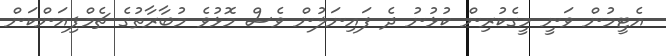
އެޓީމުން ވަނީ މީގެކުރިން ކުޅުނު ދެ ފައިނަލުން ވެސް މޮޅުވެ މުބާރާތުގެ ޗެމްޕިއަންކަން